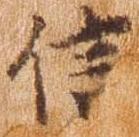
信